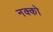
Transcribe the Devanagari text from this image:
नक्को